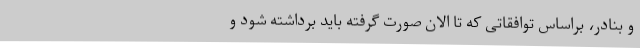
و بنادر، براساس توافقاتی که تا الان صورت گرفته باید برداشته شود و